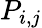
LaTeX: P_{i,j}